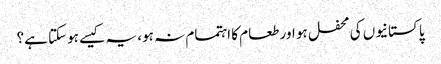
پاکستانیوں کی محفل ہو اور طعام کا اہتمام نہ ہو، یہ کیسے ہوسکتا ہے؟